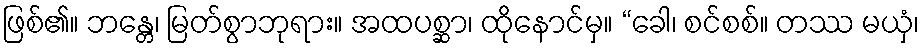
ဖြစ်၏။ ဘန္တေ၊ မြတ်စွာဘုရား။ အထပစ္ဆာ၊ ထိုနောင်မှ။ “ခေါ၊ စင်စစ်။ တဿ မယှံ၊